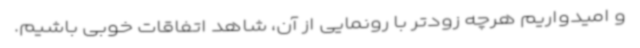
و امیدواریم هرچه زودتر با رونمایی از آن، شاهد اتفاقات خوبی باشیم.